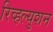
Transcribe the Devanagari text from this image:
रिव्हल्युशन